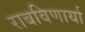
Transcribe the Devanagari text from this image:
राबविणार्या